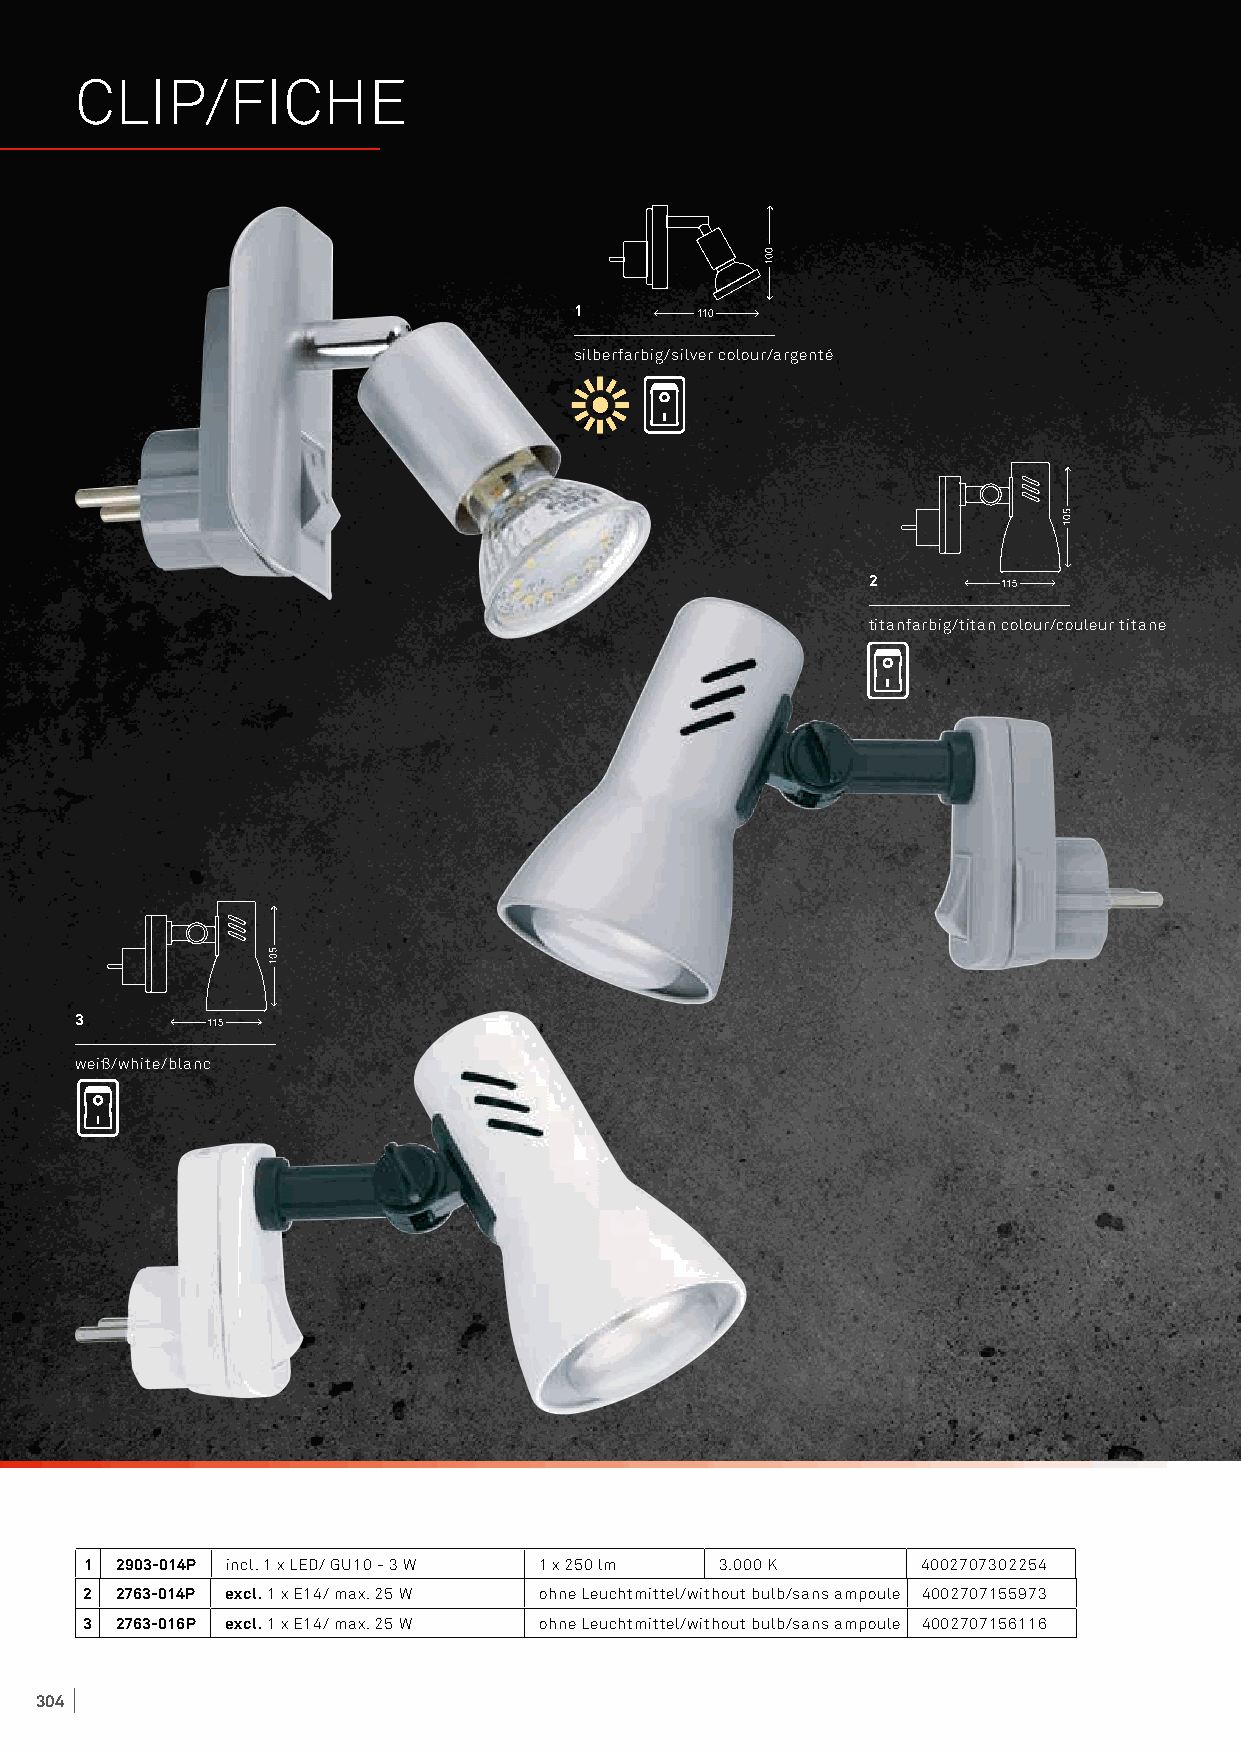
CLIP/FICHE
 1
 silberfarbig/silver colour/argenté
 2
 titanfarbig/titan colour/couleur titane
 3
 weiß/white/blanc
 1 2903-014P incl. 1 x LED/ GU10 - 3 W 1 x 250 lm 3.000 K 4002707302254
 2 2763-014P excl. 1 x E14/ max. 25 W ohne Leuchtmittel/without bulb/sans ampoule 4002707155973
 3 2763-016P excl. 1 x E14/ max. 25 W ohne Leuchtmittel/without bulb/sans ampoule 4002707156116
 304